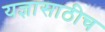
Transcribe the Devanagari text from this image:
यज्ञासाठीच